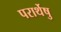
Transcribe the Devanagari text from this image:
परार्थेषु